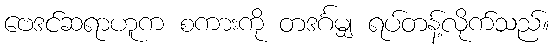
ဗေဒင်ဆရာဟူက စကားကို တဒင်္ဂမျှ ရပ်တန့်လိုက်သည်။